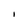
Character: I